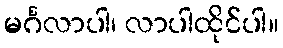
မင်္ဂလာပါ၊ လာပါထိုင်ပါ။